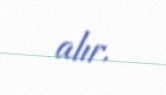
alır.